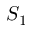
S _ { 1 }